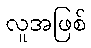
လူအဖြစ်